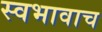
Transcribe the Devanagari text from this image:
स्वभावाच